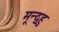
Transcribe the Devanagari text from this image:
मून्द्र्हु